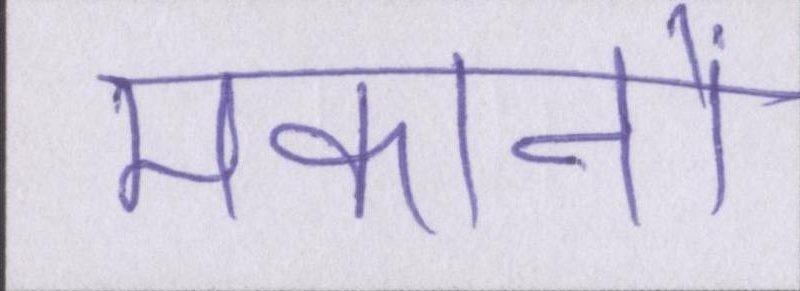
मकानों